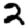
Digit: 2